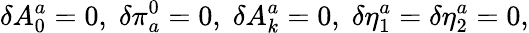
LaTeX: \delta A_{0}^{a}=0,\; \delta\pi_{a}^{0}=0,\; \delta A_{k}^{a}=0,\; \delta\eta_{1}^{a}=\delta\eta_{2}^{a}=0,